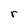
Character: r